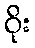
ဝိုး